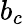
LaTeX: b_{c}